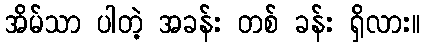
အိမ်သာ ပါတဲ့ အခန်း တစ် ခန်း ရှိလား။